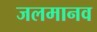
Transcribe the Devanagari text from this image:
जलमानव